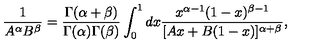
\frac { 1 } { A ^ { \alpha } B ^ { \beta } } = \frac { \Gamma ( \alpha + \beta ) } { \Gamma ( \alpha ) \Gamma ( \beta ) } \int _ { 0 } ^ { 1 } d x \frac { x ^ { \alpha - 1 } ( 1 - x ) ^ { \beta - 1 } } { [ A x + B ( 1 - x ) ] ^ { \alpha + \beta } } ,